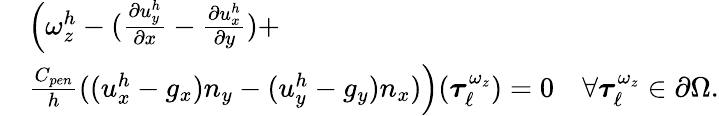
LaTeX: \begin{array}{rl}&{\left(\omega_{z}^{h}-(\frac{\partial u_{y}^{h}}{\partial x}-\frac{\partial u_{x}^{h}}{\partial y})+\right.}\\ &{\left.\frac{C_{pen}}{h}((u_{x}^{h}-g_{x})n_{y}-(u_{y}^{h}-g_{y})n_{x})\right)(\boldsymbol{\tau}_{\ell}^{\omega_{z}})=0\quad\forall\boldsymbol{\tau}_{\ell}^{\omega_{z}}\in\partial\Omega.}\end{array}